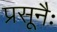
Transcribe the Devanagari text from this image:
प्रसूनैः